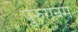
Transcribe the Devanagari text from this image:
पुरुगनम